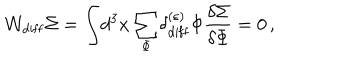
{ \cal W } _ { \mathrm { d i f f } } \Sigma = \displaystyle { \int } d ^ { 3 } x \, \displaystyle { \sum _ { \Phi } ^ { } } \delta _ { \mathrm { d i f f } } ^ { ( \varepsilon ) } \Phi { \displaystyle { \frac { \delta \Sigma } { \delta \Phi } } } = 0 \, ,